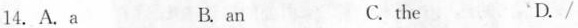
14.A.A B.an C.the D./